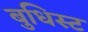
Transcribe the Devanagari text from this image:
बुधिस्ट